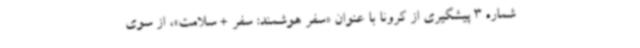
شماره 3 پیشگیری از کرونا با عنوان «سفر هوشمند: سفر + سلامت»، از سوی